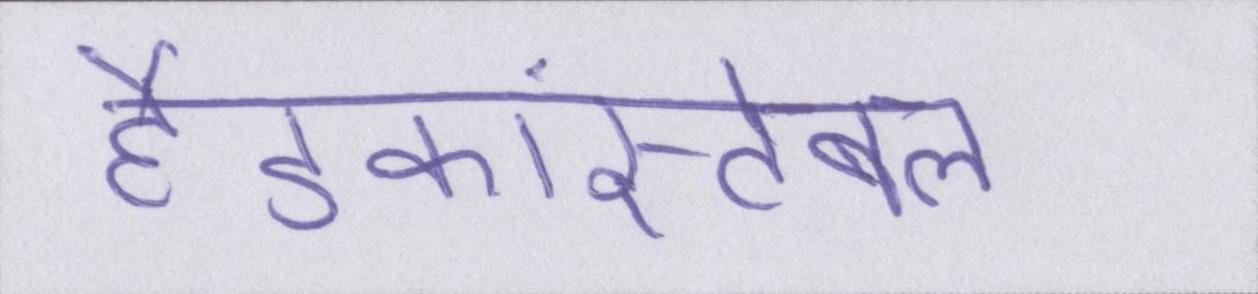
हैडकांस्टेबल